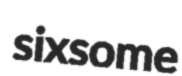
sixsome